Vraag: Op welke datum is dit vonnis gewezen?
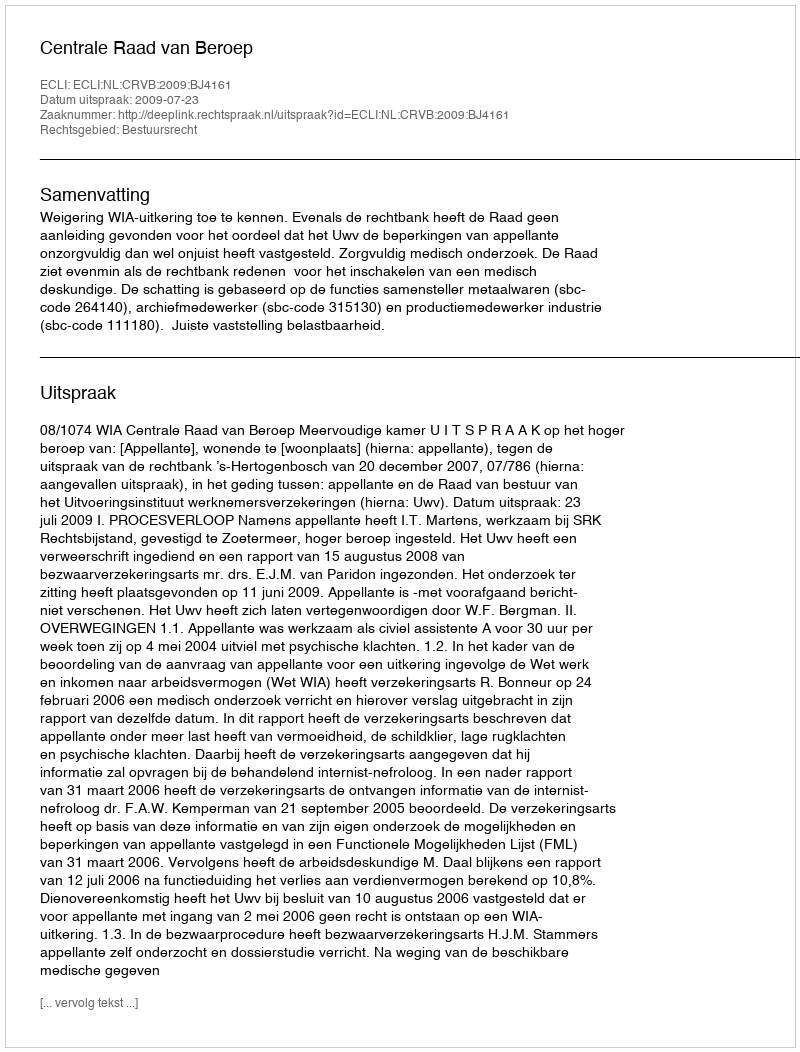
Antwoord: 2009-07-23